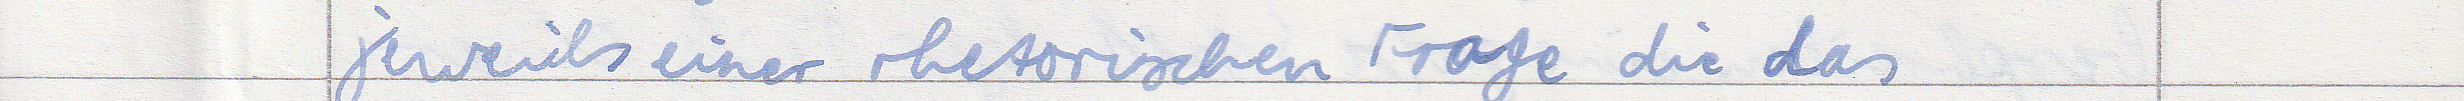
jeweils einer rhetorischen Frage die das